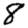
Digit: 8